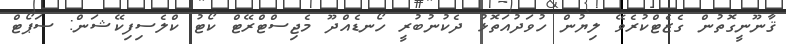
ޤާނޫނީގޮތުން ގެޒެޓްކުރެވޭ ލިޔުން ހުވަދުއަތޮޅު ދެކުނުބުރީ ހޯނޑެއްދޫ މެޖިސްޓްރޭޓް ކޯޓު ކްލެސިފިކޭޝަން: ސަޕޯޓް